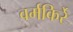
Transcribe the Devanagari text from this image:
वर्मकिर्रे